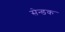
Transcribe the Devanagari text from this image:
सेन्डक